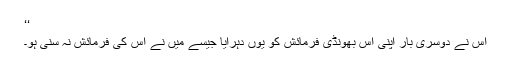
‘‘
اس نے دوسری بار اپنی اس بھونڈی فرمائش کو یوں دہرایا جیسے میں نے اس کی فرمائش نہ سنی ہو۔